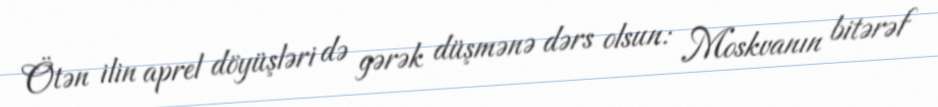
Ötən ilin aprel döyüşləri də gərək düşmənə dərs olsun: Moskvanın bitərəf